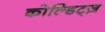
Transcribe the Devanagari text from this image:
कोल्डिट्ज़